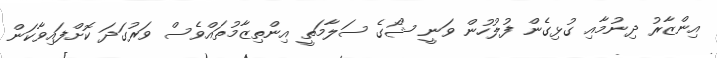
އިންޒާރު ދިނުމާއި ގުޅިގެން ފުލުހުން ވަނީ ޝޯގެ ސަލާމަތީ އިންތިޒާމުތައްވެސް ވަރުގަދަ ކޮށްފައިވާކަން